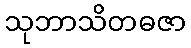
သုဘာသိတဓဇာ